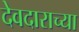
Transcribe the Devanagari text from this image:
देवदाराच्या